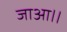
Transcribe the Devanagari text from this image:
जाआ।।